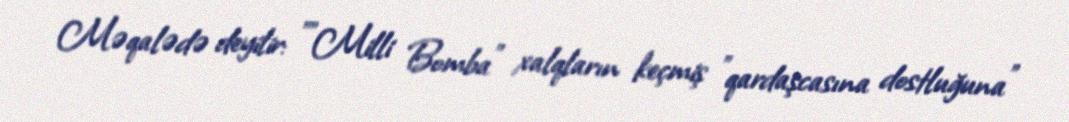
Məqalədə deyilir: ""Milli Bomba" xalqların keçmiş "qardaşcasına dostluğuna"